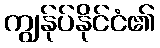
ကျွန်ုပ်နိုင်ငံ၏